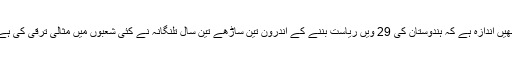
انھیں اندازہ ہے کہ ہندوستان کی 29 ویں ریاست بننے کے اندرون تین ساڑھے تین سال تلنگانہ نے کئی شعبوں میں مثالی ترقی کی ہے۔